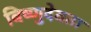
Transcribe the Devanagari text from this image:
विष्णुदेवता